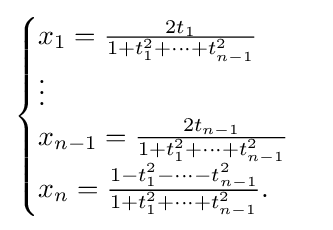
{\begin{cases}x_{1}={\frac {2t_{1}}{1+t_{1}^{2}+\cdots +t_{n-1}^{2}}}\\\vdots \\x_{n-1}={\frac {2t_{n-1}}{1+t_{1}^{2}+\cdots +t_{n-1}^{2}}}\\x_{n}={\frac {1-t_{1}^{2}-\cdots -t_{n-1}^{2}}{1+t_{1}^{2}+\cdots +t_{n-1}^{2}}}.\end{cases}}